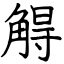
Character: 䚟